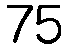
75